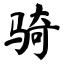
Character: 骑